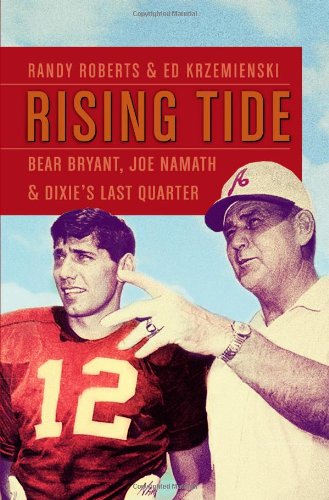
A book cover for Rising Tide: Bear Bryant, Joe Namath, and Dixie's Last Quarter; Randy Roberts; Sports & Outdoors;